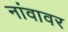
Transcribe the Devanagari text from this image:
नांवावर